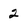
Character: 2